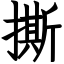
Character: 撕